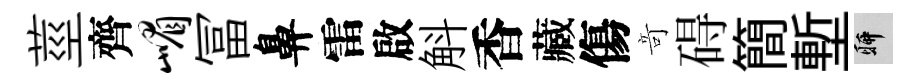
莖齊嵋冨鼻雷啟斛香藏傷竒碍簡塹聊